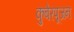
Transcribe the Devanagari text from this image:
कुबेरपूजन